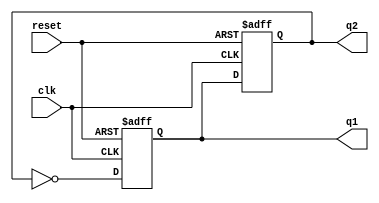
module dual_stage_johnson_counter (
    input wire clk,    // Clock input
    input wire reset,  // Reset input
    output reg q1,     // Output of first flip-flop
    output reg q2      // Output of second flip-flop
);

// Sequential logic for counter
always @(posedge clk or posedge reset) begin
    if (reset) begin
        // Reset both flip-flops to 0
        q1 <= 1'b0;
        q2 <= 1'b0;
    end else begin
        // Johnson counter logic
        q1 <= ~q2; // First flip-flop takes inverted output of second flip-flop
        q2 <= q1;  // Second flip-flop takes output of first flip-flop
    end
end

endmodule